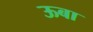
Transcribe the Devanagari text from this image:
ऊबा